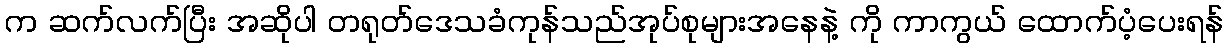
က ဆက်လက်ပြီး အဆိုပါ တရုတ်ဒေသခံကုန်သည်အုပ်စုများအနေနဲ့ ကို ကာကွယ် ထောက်ပံ့ပေးရန်